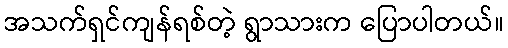
အသက်ရှင်ကျန်ရစ်တဲ့ ရွာသားက ပြောပါတယ်။